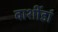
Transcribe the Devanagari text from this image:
वाशींडां